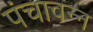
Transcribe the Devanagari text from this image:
पंचावन्‍न